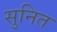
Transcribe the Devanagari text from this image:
सुनित